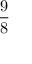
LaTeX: \frac { 9 } { 8 }